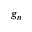
g _ { n }